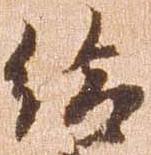
給